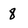
Character: 8